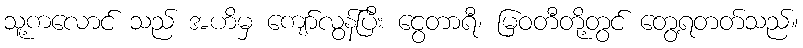
သူ့ကလောင် သည် အဟိမှ ကျော်လွန်ပြီး ငွေတာရီ၊ မြဝတီတို့တွင် တွေ့ရတတ်သည်။